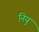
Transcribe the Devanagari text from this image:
नियु